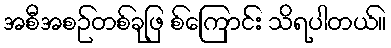
အစီအစဉ်တစ်ခုဖြ စ်ကြောင်း သိရပါတယ်။